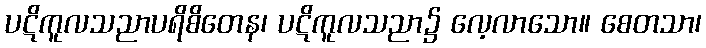
ပဋိကူလသညာပရိစိတေန၊ ပဋိကူလသညာ၌ လေ့လာသော။ စေတသာ၊